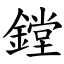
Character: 鏜